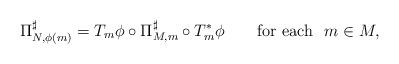
LaTeX: \begin{align*}\Pi^{\sharp}_{N, {\phi(m)}} = T_m \phi \circ \Pi^{\sharp}_{M, {m}} \circ T^*_m \phi ~ ~~\mbox{~~ for each}~~ m \in M,\end{align*}